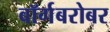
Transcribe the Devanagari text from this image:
बॉर्गबरोबर